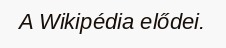
A Wikipédia elődei.